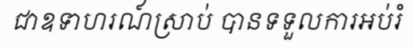
ជាឧទាហរណ៍ស្រាប់ បានទទួលការអប់រំ